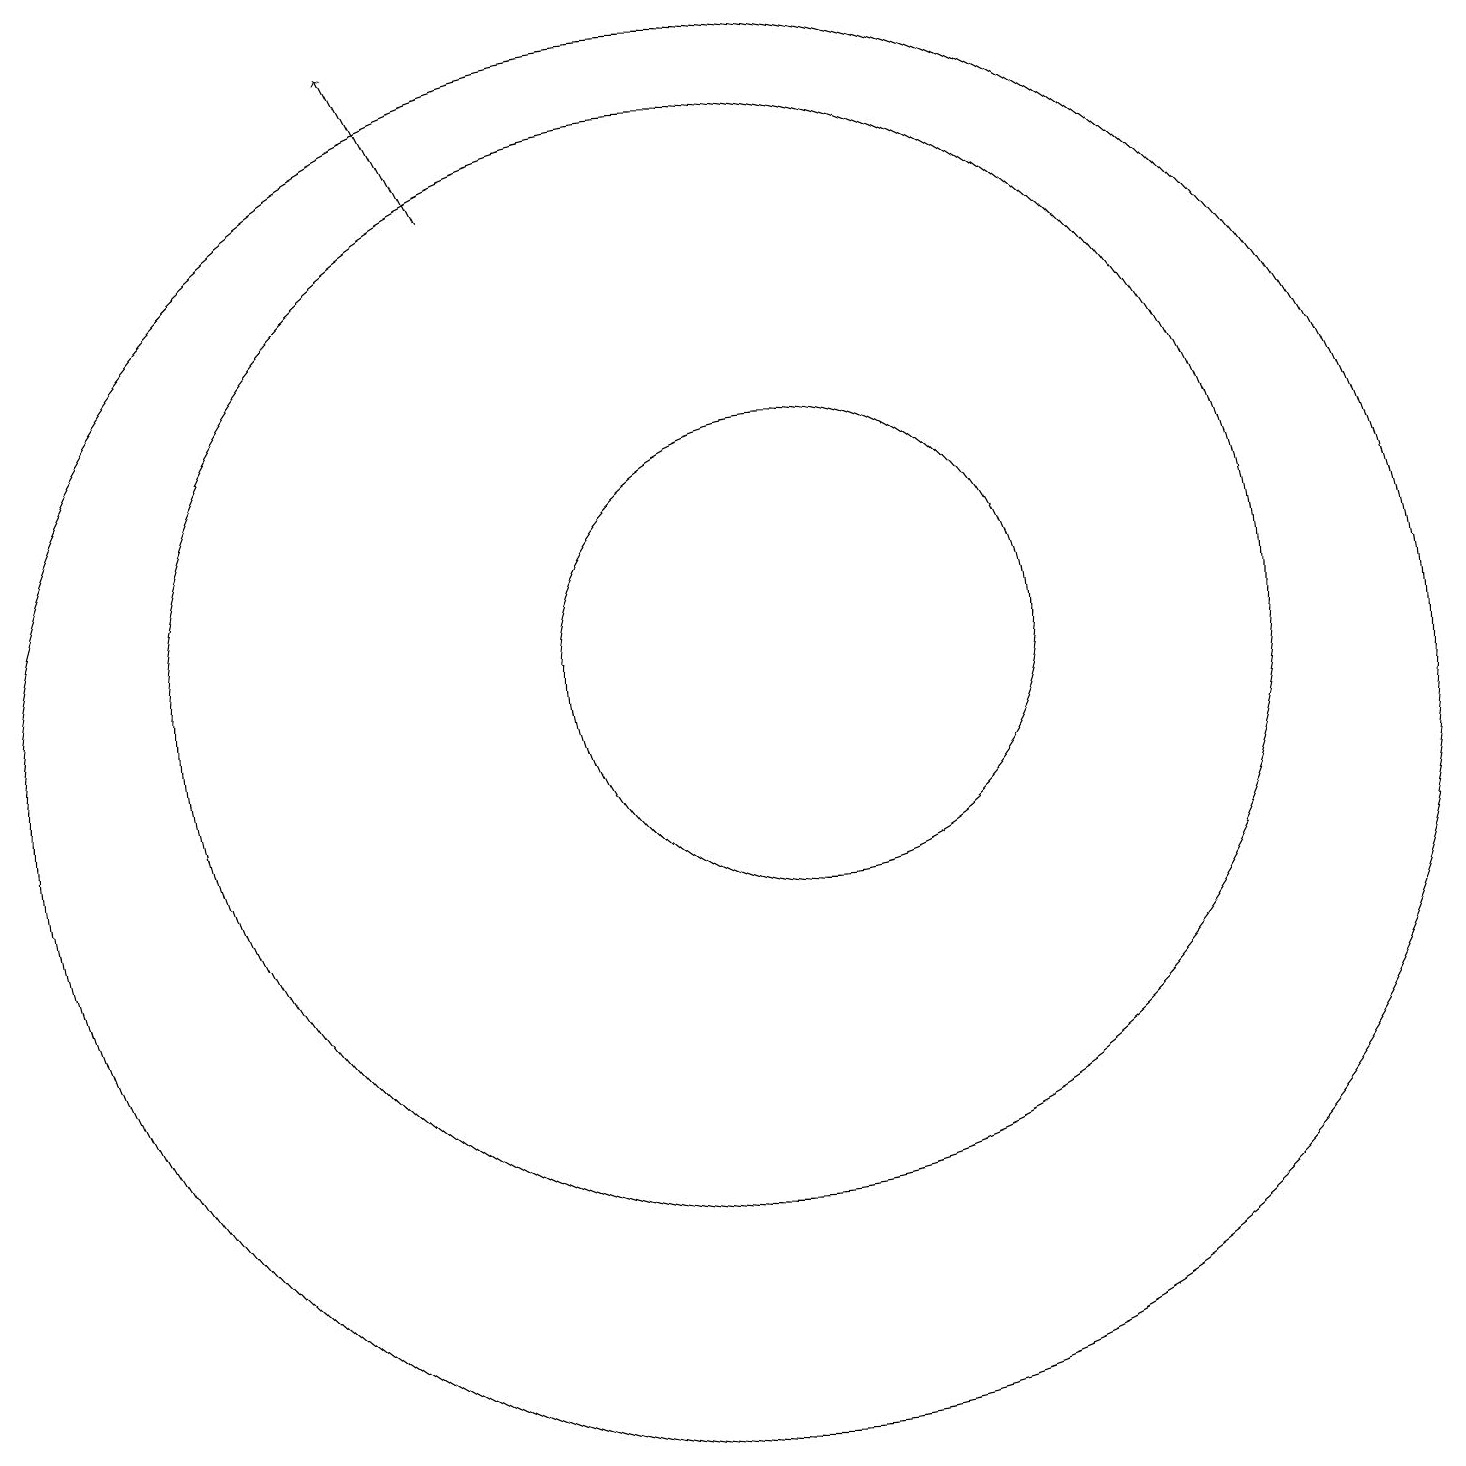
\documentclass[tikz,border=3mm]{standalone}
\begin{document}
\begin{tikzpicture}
\draw (11,11) circle (3);
\draw (10,11) circle (7);
\draw[->] (7,17) -- (6,19);
\draw (10,10) circle (9);
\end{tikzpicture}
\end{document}